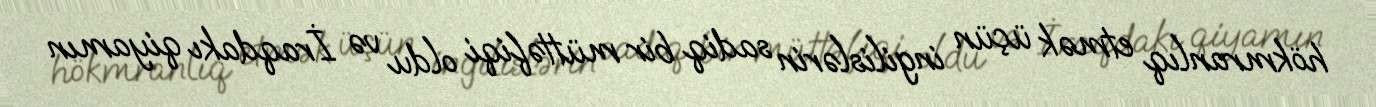
hökmranlıq etmək üçün ingilislərin sadiq bir müttəfiqi oldu və İraqdakı qiyamın